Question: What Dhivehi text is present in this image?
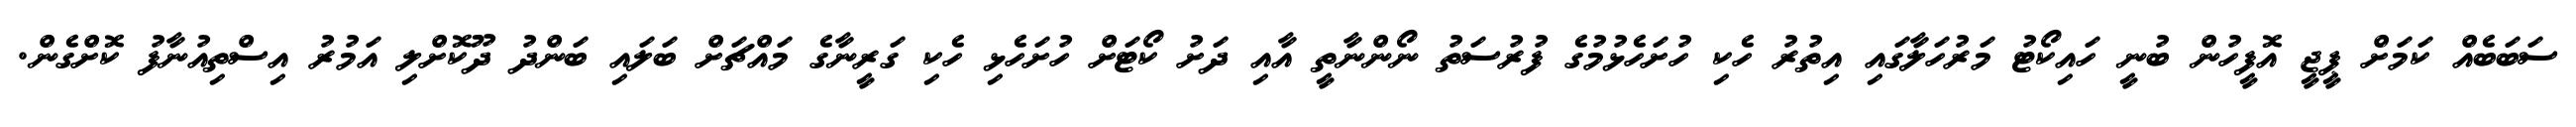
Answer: ސަބަބެއް ކަމަށް ޕީޖީ އޮފީހުން ބުނީ ހައިކޯޓު މަރުހަލާގައި އިތުރު ހެކި ހުށަހެޅުމުގެ ފުރުސަތު ނޯންނާތީ އާއި ދަށު ކޯޓަށް ހުށަހެޅި ހެކި ގަރީނާގެ މައްޗަށް ބަލައި ބަންދު ދޫކޮށްލި އަމުރު އިސްތިއުނާފު ކޮށްގެން.